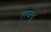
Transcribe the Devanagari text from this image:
रेस्क्यु